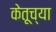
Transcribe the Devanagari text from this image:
केतूच्या